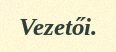
Vezetői.